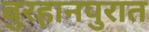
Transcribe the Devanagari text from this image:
बुरहानपुरात